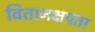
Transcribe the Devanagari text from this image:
वितानक्षपता